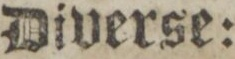
Diverse: